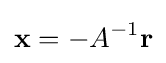
\mathbf {x} =-A^{-1}\mathbf {r}